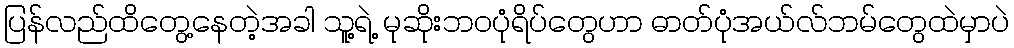
ပြန်လည်ထိတွေ့နေတဲ့အခါ သူ့ရဲ့ မုဆိုးဘဝပုံရိပ်တွေဟာ ဓာတ်ပုံအယ်လ်ဘမ်တွေထဲမှာပဲ